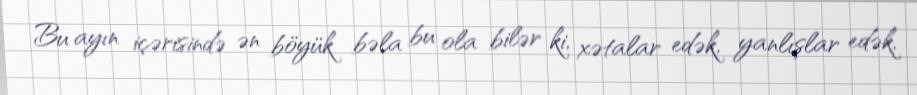
Bu ayın içərisində ən böyük bəla bu ola bilər ki, xətalar edək, yanlışlar edək,